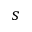
s